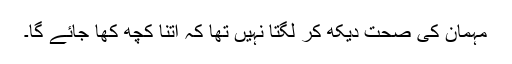
مہمان کی صحت دیکھ کر لگتا نہیں تھا کہ اتنا کچھ کھا جائے گا۔